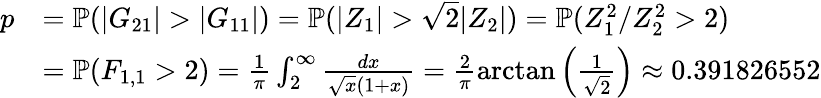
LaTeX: \begin{array}{rl}{p}&{=\mathbb P(|G_{21}|>|G_{11}|)=\mathbb P(|Z_{1}|>\sqrt 2|Z_{2}|)=\mathbb P(Z_{1}^{2}/Z_{2}^{2}>2)}\\ &{=\mathbb P(F_{1,1}>2)=\frac 1\pi\int_{2}^{\infty}\frac{dx}{\sqrt x(1+x)}=\frac 2\pi\arctan\left(\frac 1{\sqrt 2}\right)\approx 0.391826552}\end{array}